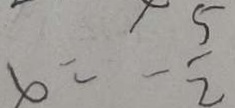
x = - \frac { 5 } { 2 }